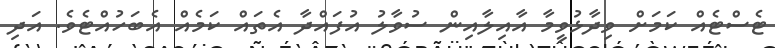
ޓެސްޓެއް ކަމަށް ވިދާޅުވީމާ އާއިލާއިން ސުވާލު އުފައްދާ އެތައް ކަމެއް އެބަހުއްޓެވެ. އަދި